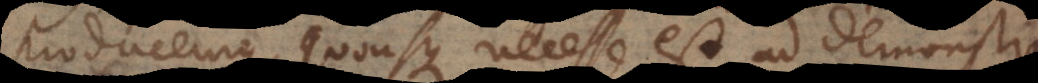
producemus, quousque necesse est ad demonstran